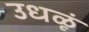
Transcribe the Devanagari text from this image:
उधळूं